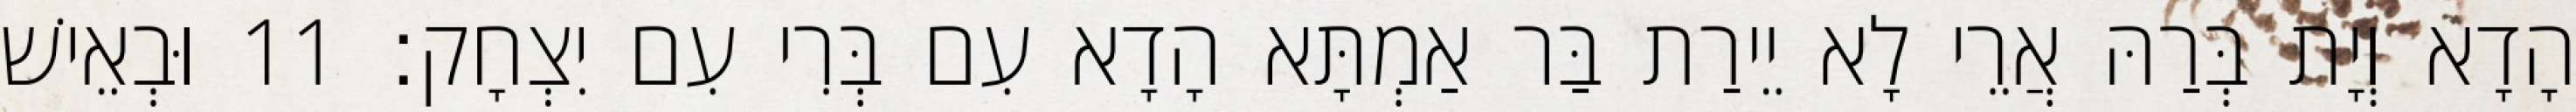
הָדָא וְיָת בְּרַהּ אֲרֵי לָא יֵירַת בַּר אַמְתָּא הָדָא עִם בְּרִי עִם יִצְחָק׃ 11 וּבְאֵישׁ